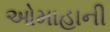
ઓમાહાની